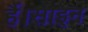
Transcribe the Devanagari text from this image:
हैं।साइन